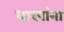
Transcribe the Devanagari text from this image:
धारपांना